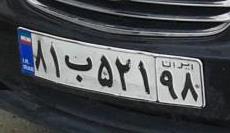
۸۱ب۵۲۱۹۸